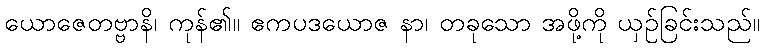
ယောဇေတဗ္ဗာနိ၊ ကုန်၏။ ဧကပဒယောဇ နာ၊ တခုသော အဖို့ကို ယှဉ်ခြင်းသည်။